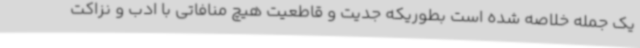
یک جمله خلاصه شده است بطوریکه جدیت و قاطعیت هیچ منافاتی با ادب و نزاکت